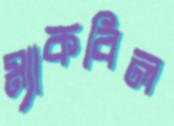
ম্যাকবিল